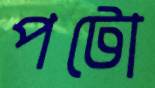
পটো